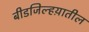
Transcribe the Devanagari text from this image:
बीडजिल्हय़ातील